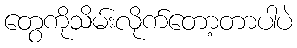
တွေကိုသိမ်းလိုက်တော့တာပါပဲ